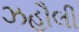
ઝહૌલી